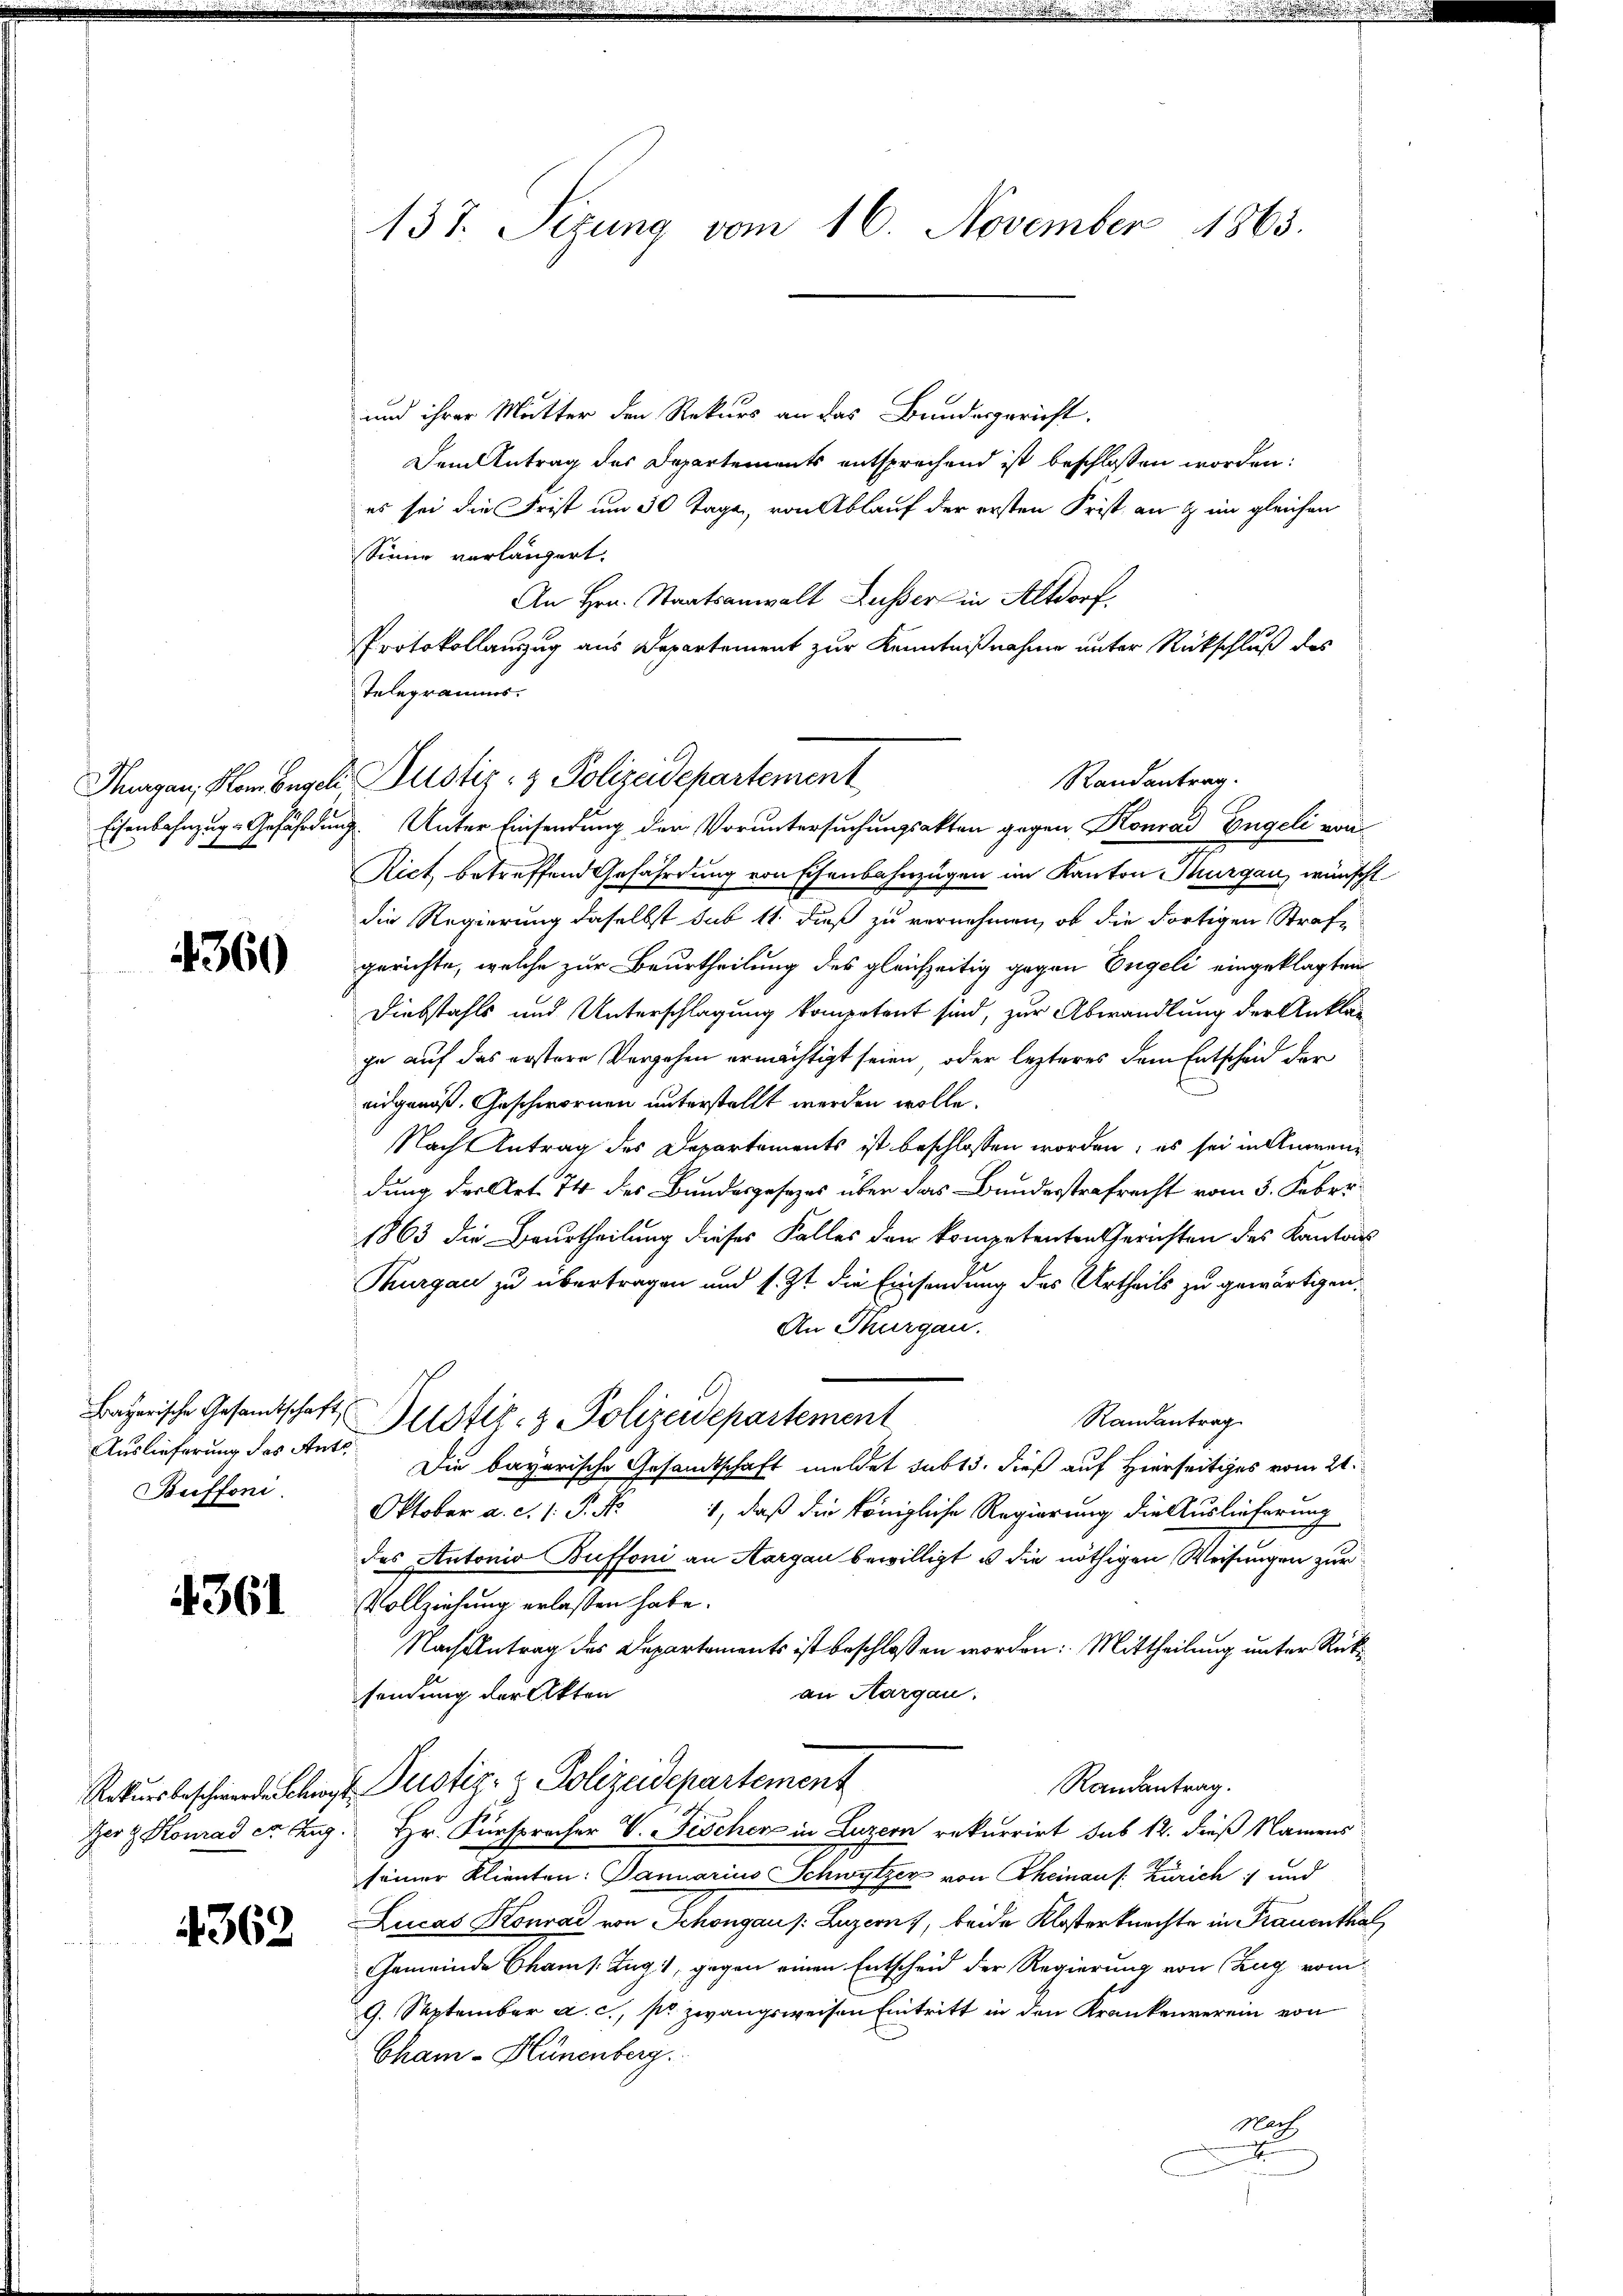
Thurgau, Hom Engel
Eisenbahnzug - Gefährdung

4360

Auslieferung des Ante
Buffoni.

4361

Her z. Konrad er Zug.

4362

137. Sizung vom 16. November 1863.

und ihrer Mutter den Rekurs an das Bundesgericht.
Dem Antrag des Departements entsprechend ist beschlossen worden:
es sei die Frist um 30 Tage, von Ablauf der ersten Frist an & im gleichen
Sinne vorlängert.
An Hrn. Staatsanwalt Busser in Altdorf
Protokollauszug aus Departement zur Kenntnißnahme unter Rückschluß des
Telegramms.
 Unter Einsendung der Voruntersuchungsakten gegen Konrad Engeli von
Rict betreffend Gefährdung von Eisenbahnzügen im Kanton Thurgau, wünschl
die Regierung daselbst sub 11 dieß zu vernehmen, ob die dortigen Strafgerichte, welche zur Beurtheilung des gleichzeitig gegen Engeli eingeklagten
Diebstahls und Unterschlagung kompetent sind, zur Abwandlung der Ankläg
je auf das erstere Vergehen ermächtigt seien, oder lezteres dem Entscheid der
eidgenoß. Geschwornen unterstellt werden wolle.
Nach Antrag des Departements ist beschlossen worden; es sei in Anwendung der Art. 74 des Bundesgesetzes über das Bundesstrafrecht vom 5. Feber.
1863 die Beurtheilung dieses Falles den kompetenten Gerichten des Kantons
Thurgau zu übertragen und s. Zt. die Einsendung des Urtheils zu gewärtigen,
An Thurgau.
bayerische Gesandtschaft Zustiz- & Polizeidepartement
Randantrag
Die bayerische Gesandtschaft meldet sub 15. dieß auf Hierseitiges vom 21.
Oktober a. c. 1. P. N
1, daß die königliche Regierung die Auslieferung
des Antonio Buffoni an Aargau bewilligt u die nöthigen Weisungen zur
Vollziehung erlassen habe.
Nach Antrag des Departements ist beschlossen worden: Mittheilung unter Rückan Aargau:
sendung der Akten
Randantrag.
Rekursbeschwerde sehr u. Justiz- & Polizeidepartement
Hr. Fürspracher V. Fischen in Luzern rekurrirt sub 12. dieß Namens
seiner Klienten: Januarius Schwytzer von Theinaus Zürich und
Lucas Konrad von Schongaus: Luzern, beide Klosterknachte in Frauenthal
Gemeinde Cham s. Zug 1, gegen einen Entscheid der Regierung von Zug vom
9. September a. c., so zwangsweisen Eintritt in den Krankenverein von
Cham - Hünenberg.
Mach
.

Hustiz- & Polizeidepartement
Randantrag.